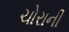
ચોરાની